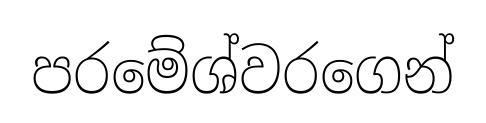
පරමේශ්වරගෙන්